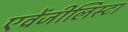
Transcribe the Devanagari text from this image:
एवेंजीलिस्टा